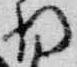
将